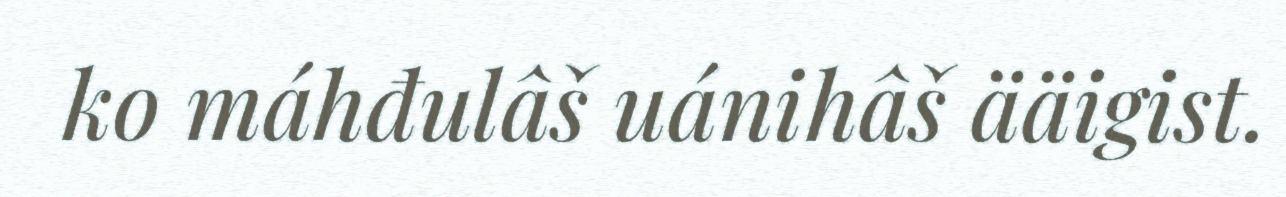
ko máhđulâš uánihâš ääigist.